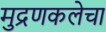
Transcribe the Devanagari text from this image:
मुद्रणकलेचा